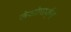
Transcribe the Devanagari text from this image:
लेओपार्ड्स